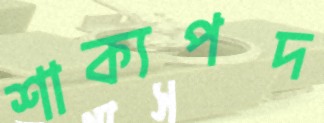
শাক্যপদ